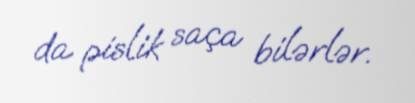
da pislik saça bilərlər.